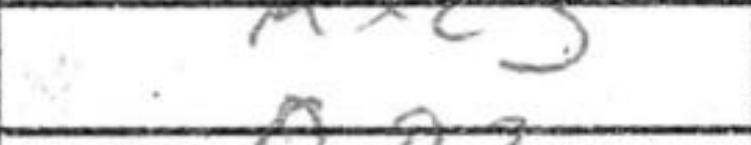
Transcription: Kxc3